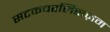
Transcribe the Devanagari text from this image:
सटकचरलिसज़म